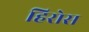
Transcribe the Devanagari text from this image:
हिरोस